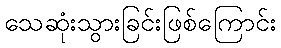
သေဆုံးသွားခြင်းဖြစ်ကြောင်း